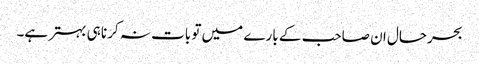
بحرحال ان صاحب کے بارے میں تو بات نہ کرنا ہی بہتر ہے۔